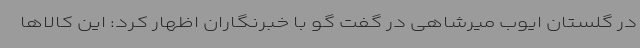
در گلستان ایوب میرشاهی در گفت گو با خبرنگاران اظهار کرد: این کالاها